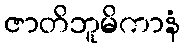
ဇာတိဘူမိကာနံ